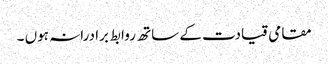
مقامی قیادت کے ساتھ روابط برادرانہ ہوں ۔